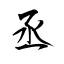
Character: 丞